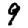
Digit: 9